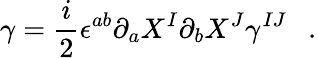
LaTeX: \gamma=\frac{i}{2}\epsilon^{ab}\partial_{a}X^{I}\partial_{b}X^{J}\gamma^{IJ}~~~.